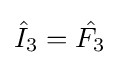
{\hat {I}}_{3}={\hat {F_{3}}}